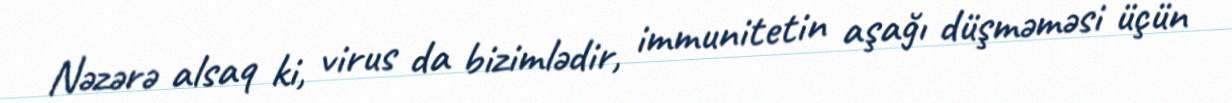
Nəzərə alsaq ki, virus da bizimlədir, immunitetin aşağı düşməməsi üçün